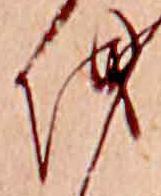
を